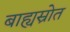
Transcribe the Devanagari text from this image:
बाह्यस्रोत